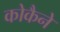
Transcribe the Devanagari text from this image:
कोकैने